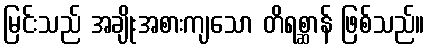
မြင်းသည် အချိုးအစားကျသော တိရစ္ဆာန် ဖြစ်သည်။